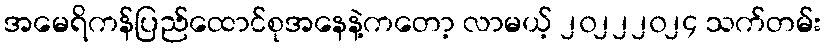
အမေရိကန်ပြည်ထောင်စုအနေနဲ့ကတော့ လာမယ့် ၂၀၂၂၂၀၂၄ သက်တမ်း